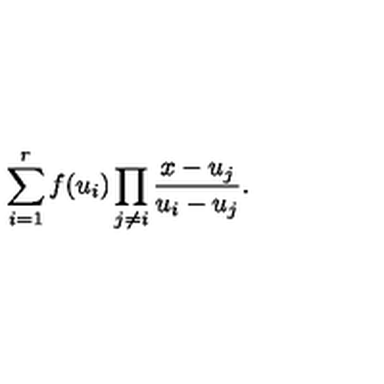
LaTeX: \sum _ { i = 1 } ^ { r } f ( u _ { i } ) \prod _ { j \ne i } \frac { x - u _ { j } } { u _ { i } - u _ { j } } .